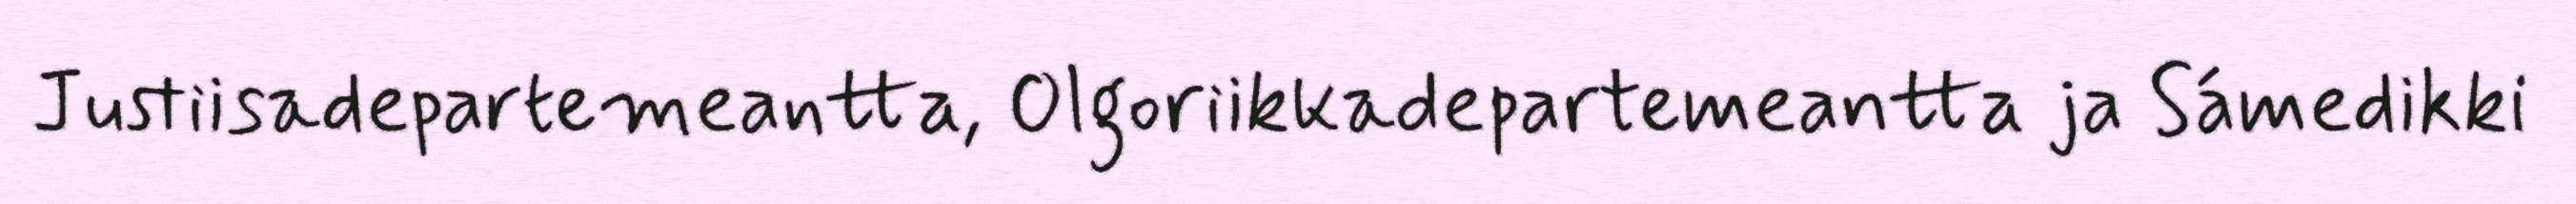
Justiisadepartemeantta, Olgoriikkadepartemeantta ja Sámedikki